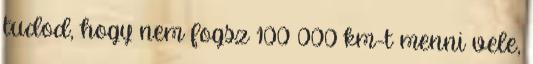
tudod, hogy nem fogsz 100 000 km-t menni vele,